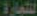
التجارة